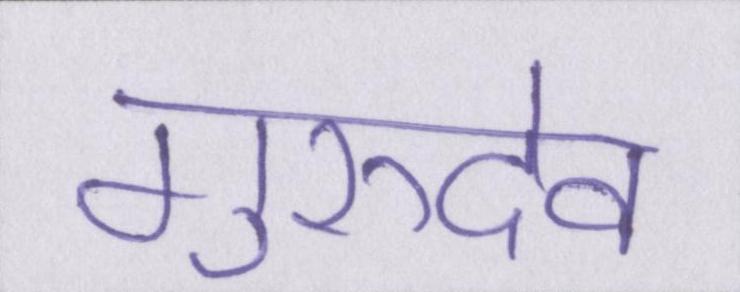
गुरुदेव